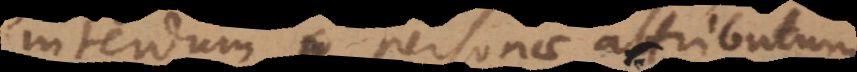
interdum personae attributum